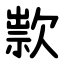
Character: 㱁